Papers set at the Examination for Leaving Certificates, 1893
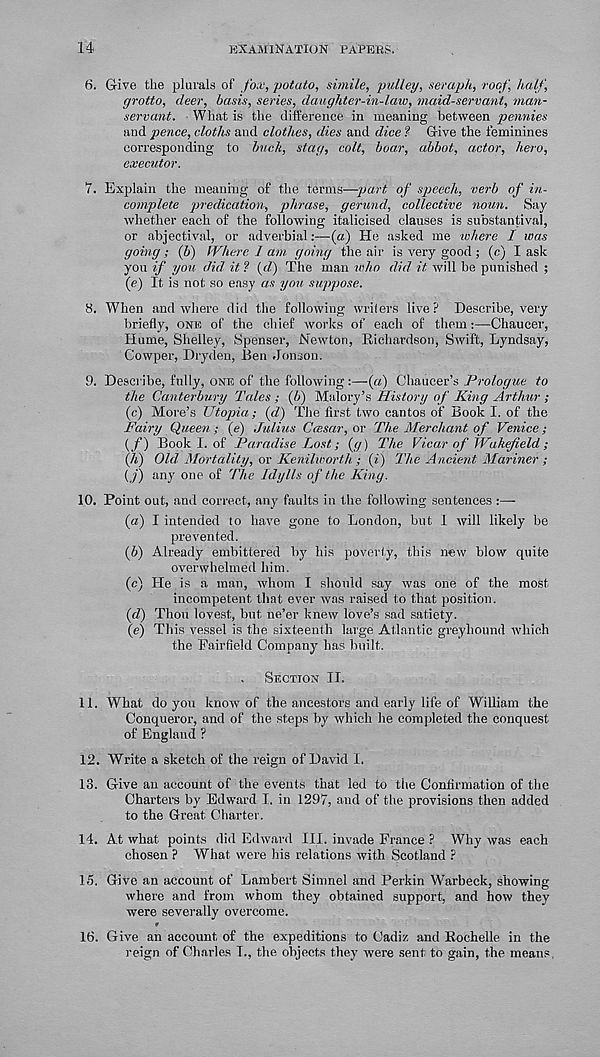
14
EXAMINATION PAPERS.
6. Give the plurals of fox, potato, simile, pulley, seraph, roof half,
grotto, deer, basis, series, daughter-in-law, maidservant, man-
servant. What is the difference in meaning between pennies
and pence, cloths and clothes, dies and dice ? Give the feminines
corresponding to buck, stag, colt, boar, abbot, actor, hero,
executor.
7. Explain the meaning of the terms—part of speech, verb of in-
complete predication, phrase, gerund, collective noun. Say
whether each of the following italicised clauses is substantival,
or abjectival, or adverbial:—(a) He asked me where I was
going; (b) Where 1 am going the air is very good ; (c) I ask
you if you did it ? (</) The man who did it will be punished ;
(e) It is not so easy as you suppose.
8. When and where did the following writers live? Describe, very
briefly, ONE of the chief works of each of them:—Chaucer,
Hume, Shelley, Spenser, Newton, Richardson, Swift, Lyndsay,
Gowper, Dryden, Ren Jonson.
9. Describe, fully, ONE of the following:—(«) Chaucer’s Prologue to
the Canterbury Tales : (b) Malory’s History of King Arthur ;
(c)
More’s Utopia; (d) The
Fairy Queen; (e) Julius Ccesar, or The Merchant of Venice;
{f) Book I. of Paradise Lost; (g) The Vicar of Wakefield;
Qi) Old Mortality, ov Kenilworth ; (i) The Ancient Mariner ;
( j) any one of The Idylls of the King.
10. Point out, and correct, any faults in the following sentences :—
(а) I intended to have gone to London, but 1 will likely be
prevented.
(б) Already embittered by his poverty, this new blow quite
overwhelmed him.
(c) He is a man, whom I should say was one of the most
incompetent that ever was raised to that position.
(d) Thou lovest, but ne’er knew love’s sad satiety.
(e) This vessel is the sixteenth large Atlantic greyhound which
the Fairfield Company has built.
SECTION II.
11. What do you know of the ancestors and early life of William the
Conqueror, and of the steps by which he completed the conquest
of England ?
12. Write a sketch of the reign of David I.
13. Give an account of the events that led to the Confirmation of the
Charters by Edward I. in 1297, and of the provisions then added
to the Great Charter.
14. At what points did Edward III. invade France ? Why was each
chosen ? What, were his relations with Scotland ?
15. Give an account of Lambert Simnel and Perkin Warbeck, showing
where and from whom they obtained support, and how they
were severally overcome.
r
16. Give an account of the expeditions to Cadiz and Rochelle in the
reign of Charles I., the objects they were sent to gain, the means